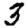
Digit: 3